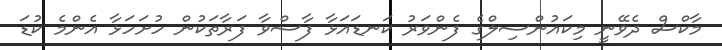
މާކްސް ދެވޭނީ މިކައުންސިލްގެ ފެންވަރު ކަނޑައަޅާ ފާސްވާ ފަރާތަކުން ހުށަހަޅާ އެންމެ ކުޑަ